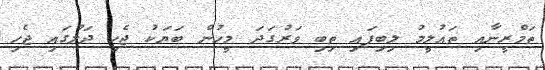
ތަމްރީނާއި ތައުލީމު ލިބިފައި ތިބި ވަރުގަދަ މީހުން ބަޔަކު ޖެހި ދަލުގައި ޖެހި